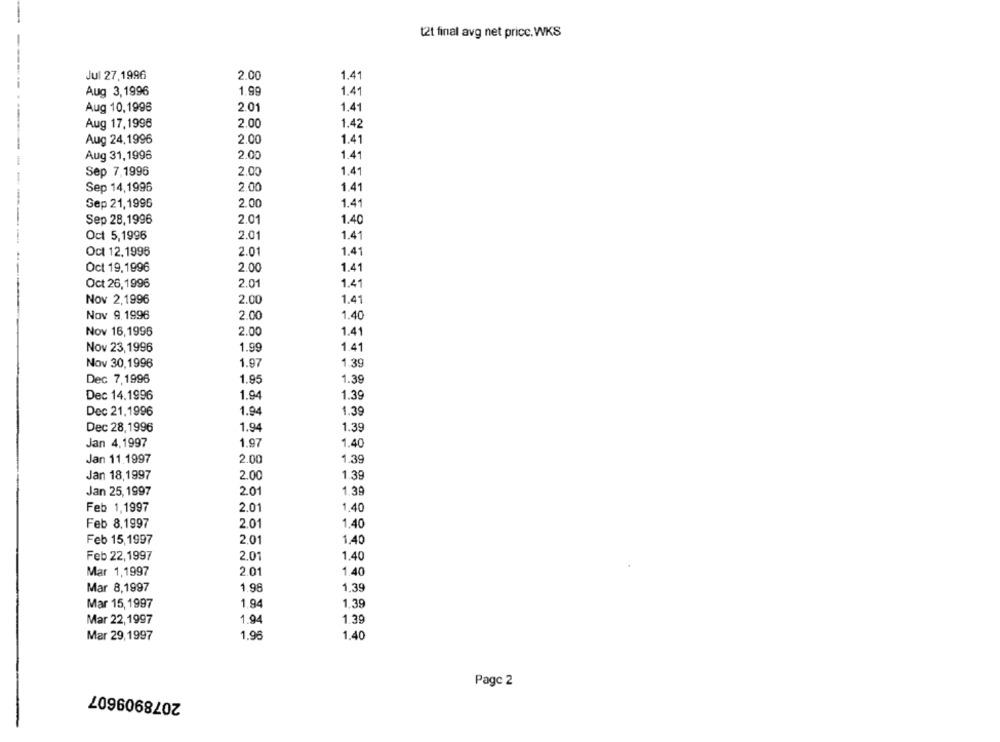
t2t final avg net price. WKS
Jul 27,1996
1.41
2.00
Aug 3, 1996
1.99
1.41
Aug 10,1996
2.01
1.41
Aug 17,1996
2.00
1.42
Aug 24,1996
2.00
1.41
Aug 31, 1996
2.00
1.41
Sep 7,1996
2.00
1.41
Sep 14,1996
2.00
1.41
Sep 21,1996
2.00
1.41
Sep 28,1996
2.01
1.40
Oct 5,1996
2.01
1.41
Oct 12,1996
2.01
1.41
Oct 19,1996
2.00
1.41
1.41
Oct 26,1996
2.01
Nov 2,1996
2.00
1.41
Nov 9.1996
2.00
1.40
Nov 16,1996
2.00
1.41
Nov 23,1996
1.99
1.41
Nov 30,1996
1.97
1.39
Dec 7,1996
1.95
1.39
1.39
Dec 14.1996
1.94
Dec 21.1996
1.94
1.39
Dec 28,1996
1.94
1.39
Jan 4,1997
1.97
1.40
Jan 11.1997
2.00
1.39
Jan 18,1997
1.39
2.00
Jan 25, 1997
2.01
1.39
Feb 1,1997
2.01
1.40
Feb 8.1997
2.01
1.40
Feb 15,1997
2.01
1.40
Feb 22,1997
2.01
1.40
Mar 1,1997
2.01
1.40
1.39
Mar 8,1997
1.98
Mar 15, 1997
1.94
1.39
Mar 22,1997
1.94
1.39
Mar 29,1997
1.96
1.40
Page 2
2078909607